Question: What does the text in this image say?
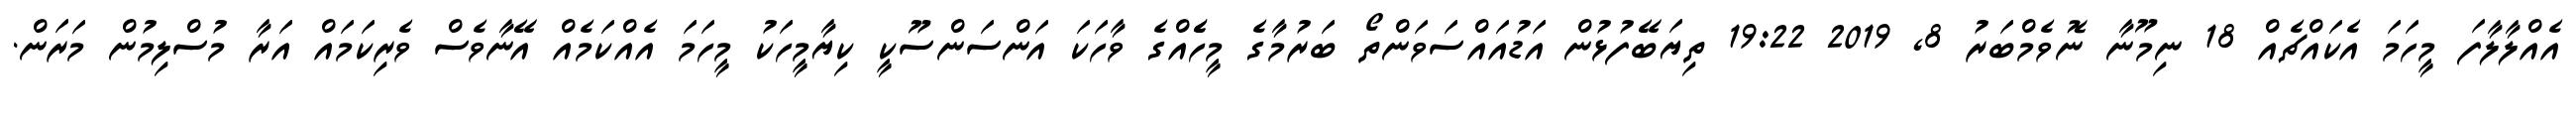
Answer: އެއްލާލާފަ މީހަމަ އެކައްޗެއް 18 ނިމޫނާ ނޮވެމްބަރު 8, 2019 19:22 ތިޔަބޭފުޅުން އަޑުއައްސަވަންތޯ ބަރުމާގެ މީހެެއްގެ ވާހަކަ އަންސަންސޫކީ ކިޔާމީހަކު މީހަމަ އެއްކަމެއް އޭނާވެސް ވެރިކަމައް އަރާ މުސްލިމުން މަރަން.